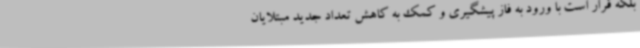
بلکه قرار است با ورود به فاز پیشگیری و کمک به کاهش تعداد جدید مبتلایان